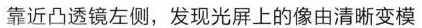
靠近凸透镜左侧，发现光屏上的像由清晰变模